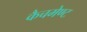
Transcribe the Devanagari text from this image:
कैचमेण्ट